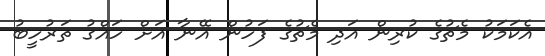
އެކަމަކު މެޗުގެ ކުރިން އަދި މެޗުގެ ފަހުން އޭނާ އަށް ހައްގު ތަރުހީބު